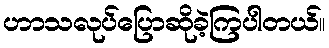
ဟာသလုပ်ပြောဆိုခဲ့ကြပါတယ်။